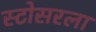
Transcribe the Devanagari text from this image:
स्टोसरला